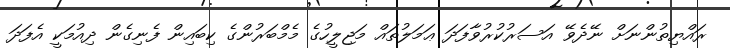
ރައްޔިތުންނަށް ނޭދެވޭ އަސަރުކުރުވާފަދަ ޢަމަލުތައް މަޖިލީހުގެ މެމްބަރުންގެ ކިބައިން ފެނިގެން ދިއުމަކީ އެފަދަ